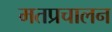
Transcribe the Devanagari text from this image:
मतप्रचालन